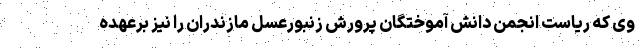
وی که ریاست انجمن دانش آموختگان پرورش زنبورعسل مازندران را نیز برعهده